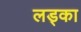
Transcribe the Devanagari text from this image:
लड्का